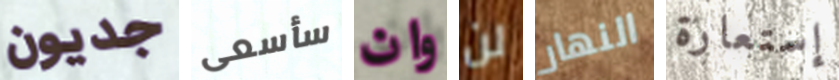
جديون سأسعى وان لن النهار إستعارة